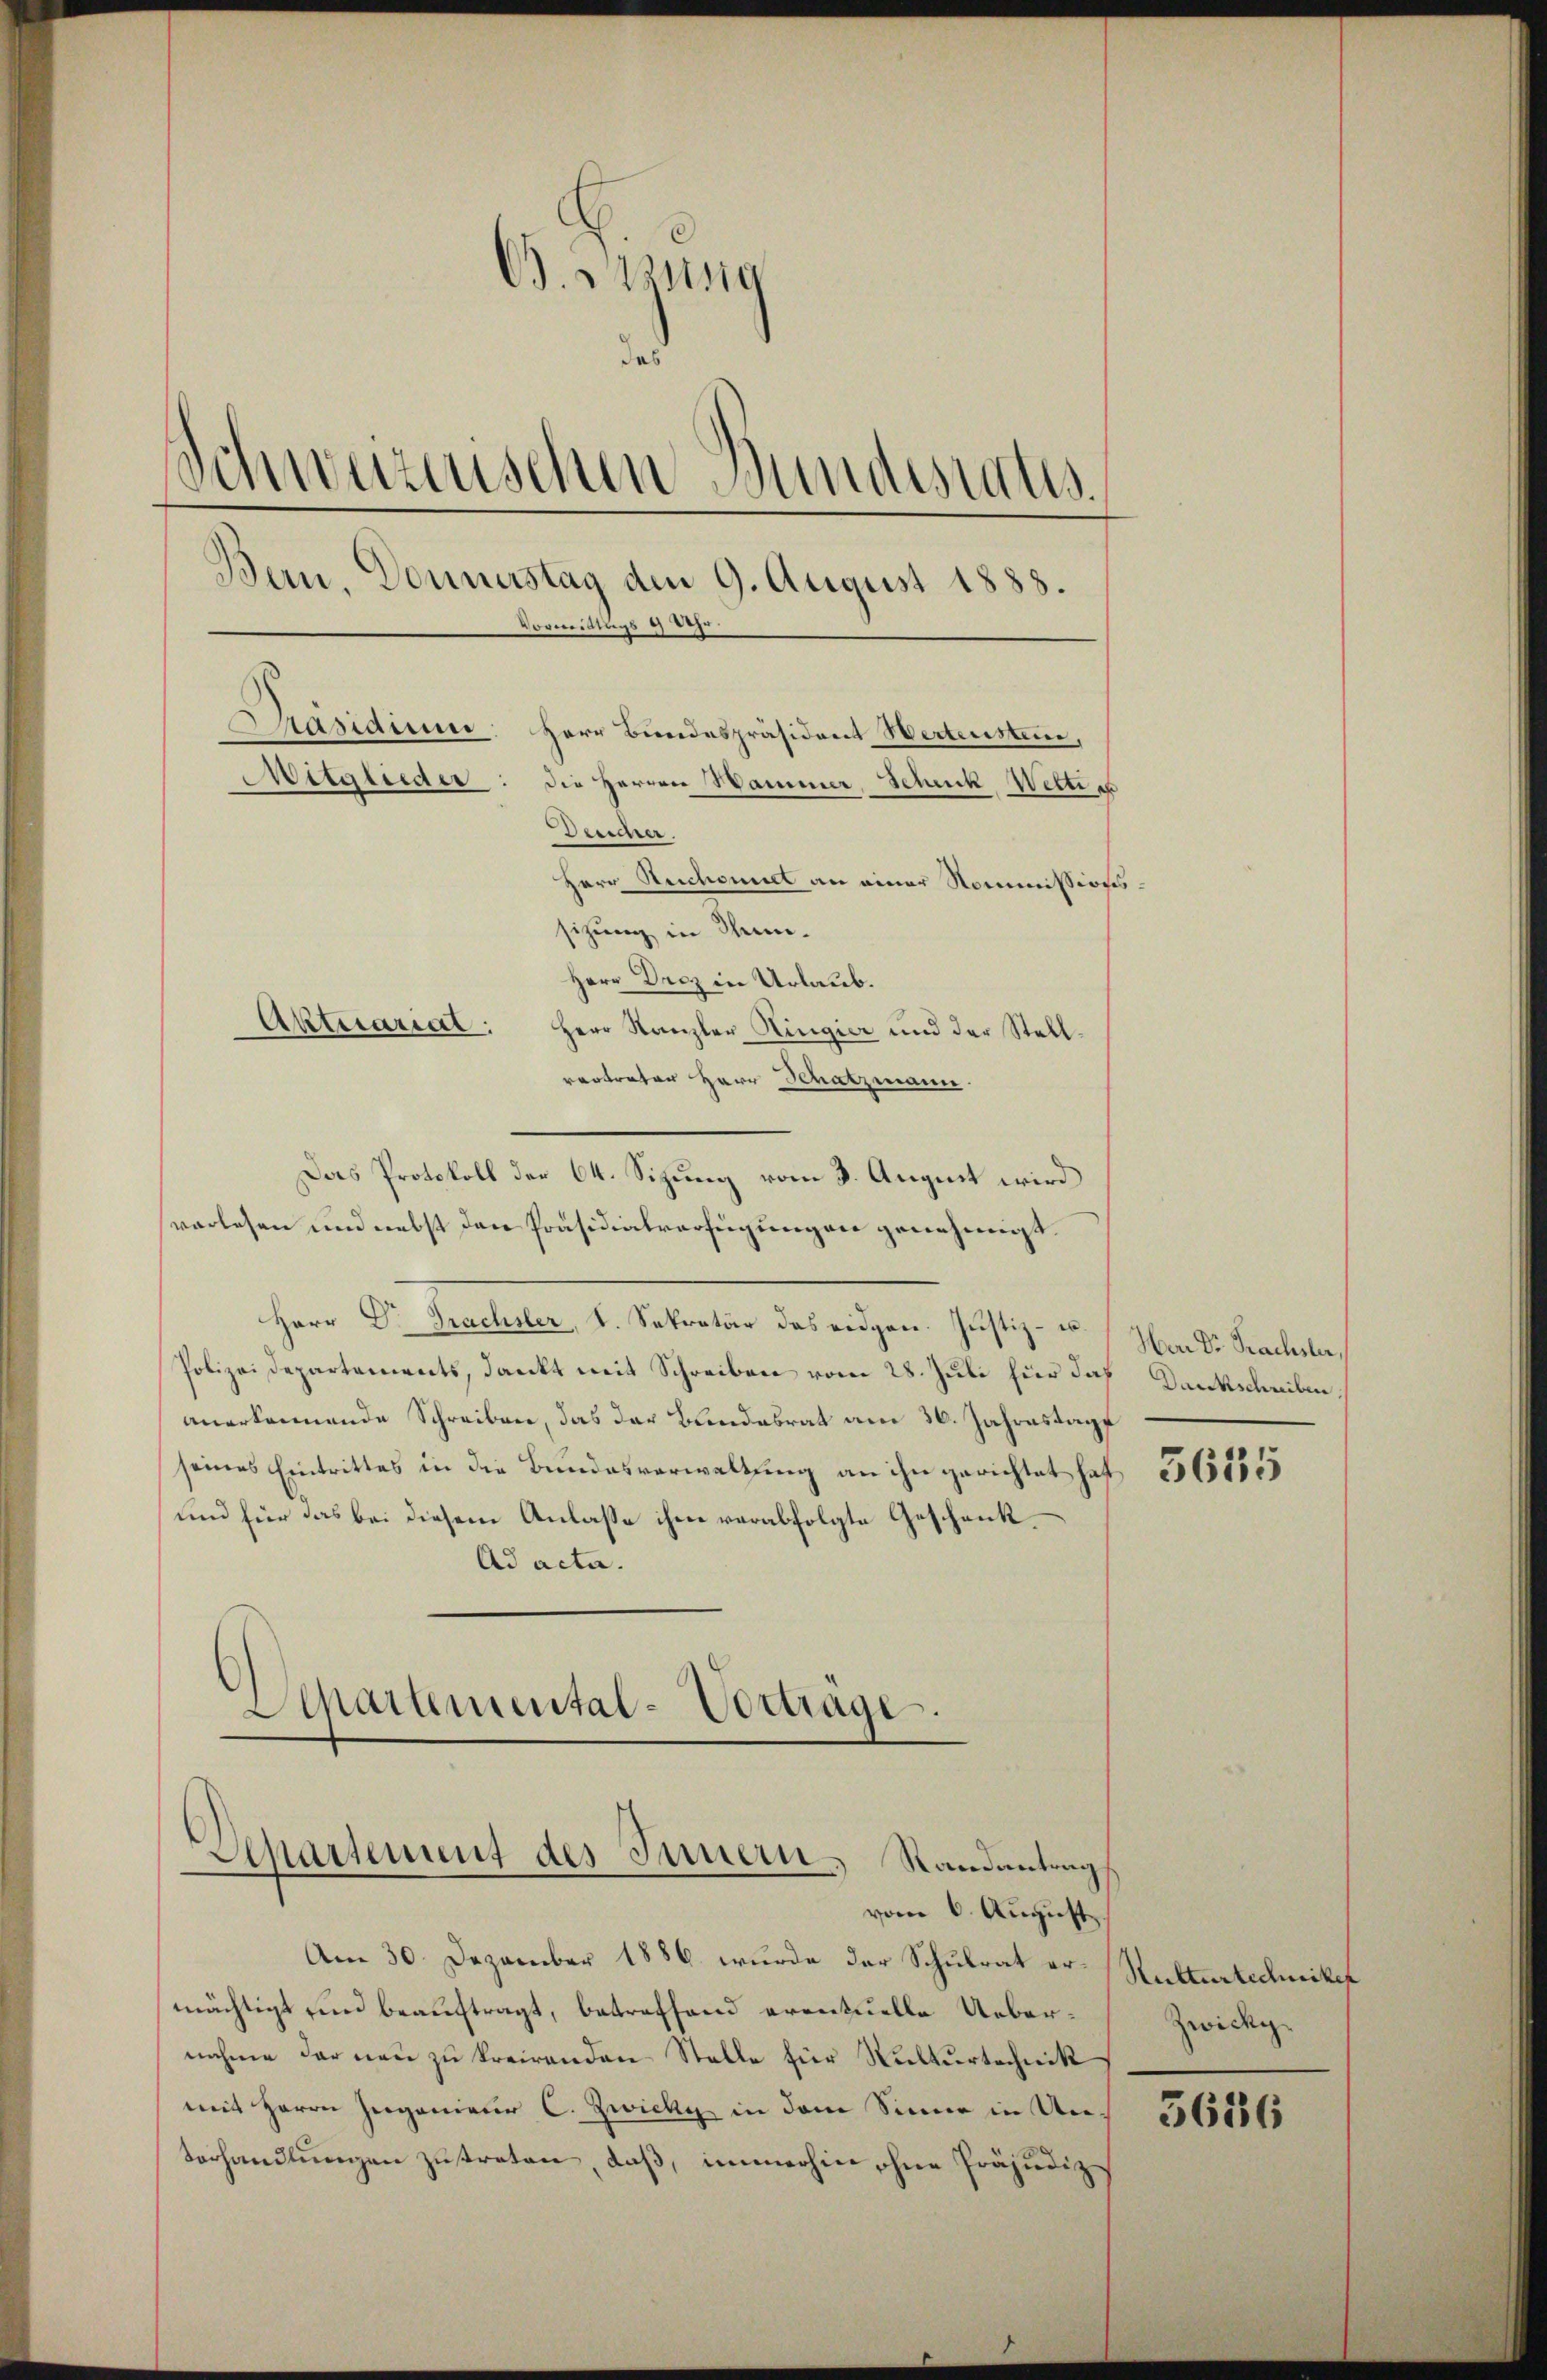
B. Aug
das
Schweizerischen Bundesraths.
Bern, Donnerstag den 9. August 1888.
mmittags 9 Uhr.
Präsidium. Herr Bundespräsident Wertenstein,
Witglieder: die Herren Hammer, Schuck Weiter
Duschrei
Herr Ruchomit an einer Kommissionssizung in Thun¬
Herr Droz in Urlaub.
Aktuarial:
Herr Kanzler Hingier und der Stellvertreter Herr Schatzmann.

vorlesen und nebst den Präsidialverfügungen genehmigt.
Herr Dr. Trachsler, S. Sekretär das eidgen. Justiz- u.
Polizeidepartements, dankt mit Schreiben vom 28. Juli hier das Dankschreiben
anerkennende Schreiben, das der Bundesrat am 26. Jahrestage
seines Eintrittes in die Bundesverwaltung an ihn gerichtet hat
und für das bei diesem Anlasse ihm verabfolgte Geschenk¬
Ad acta.

Das Protokoll der 64. Sizung vom 3. August wird

Departemental-Verträge.

Am 30. Dezember 1886 wurde der Schulrat er-Rukturtechniker
mächtigt und beauftragt, betreffend eventuelle Uebernahme der neu zu kreirenden Stelle für Nulturtechnik
mit Herrn Herganienr C. Zwicke in dem Sinne in Un¬
Verhandlŭngen zŭtreten, daß, immerhin ohne Präjudiz

Aepartement des Innern Randantrag
vom 6. August

Herr Dr. Prachsler,

3635

Zwicky

3636